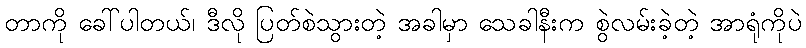
တာကို ခေါ်ပါတယ်၊ ဒီလို ပြတ်စဲသွားတဲ့ အခါမှာ သေခါနီးက စွဲလမ်းခဲ့တဲ့ အာရုံကိုပဲ